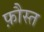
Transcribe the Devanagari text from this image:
फ़ौस्त